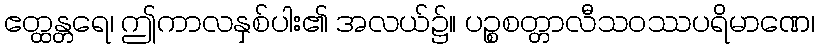
ဧတ္ထန္တရေ၊ ဤကာလနှစ်ပါး၏ အလယ်၌။ ပဉ္စစတ္တာလီသဝဿပရိမာဏေ၊